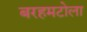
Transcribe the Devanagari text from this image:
बरहमटोला